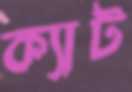
ক্যাট